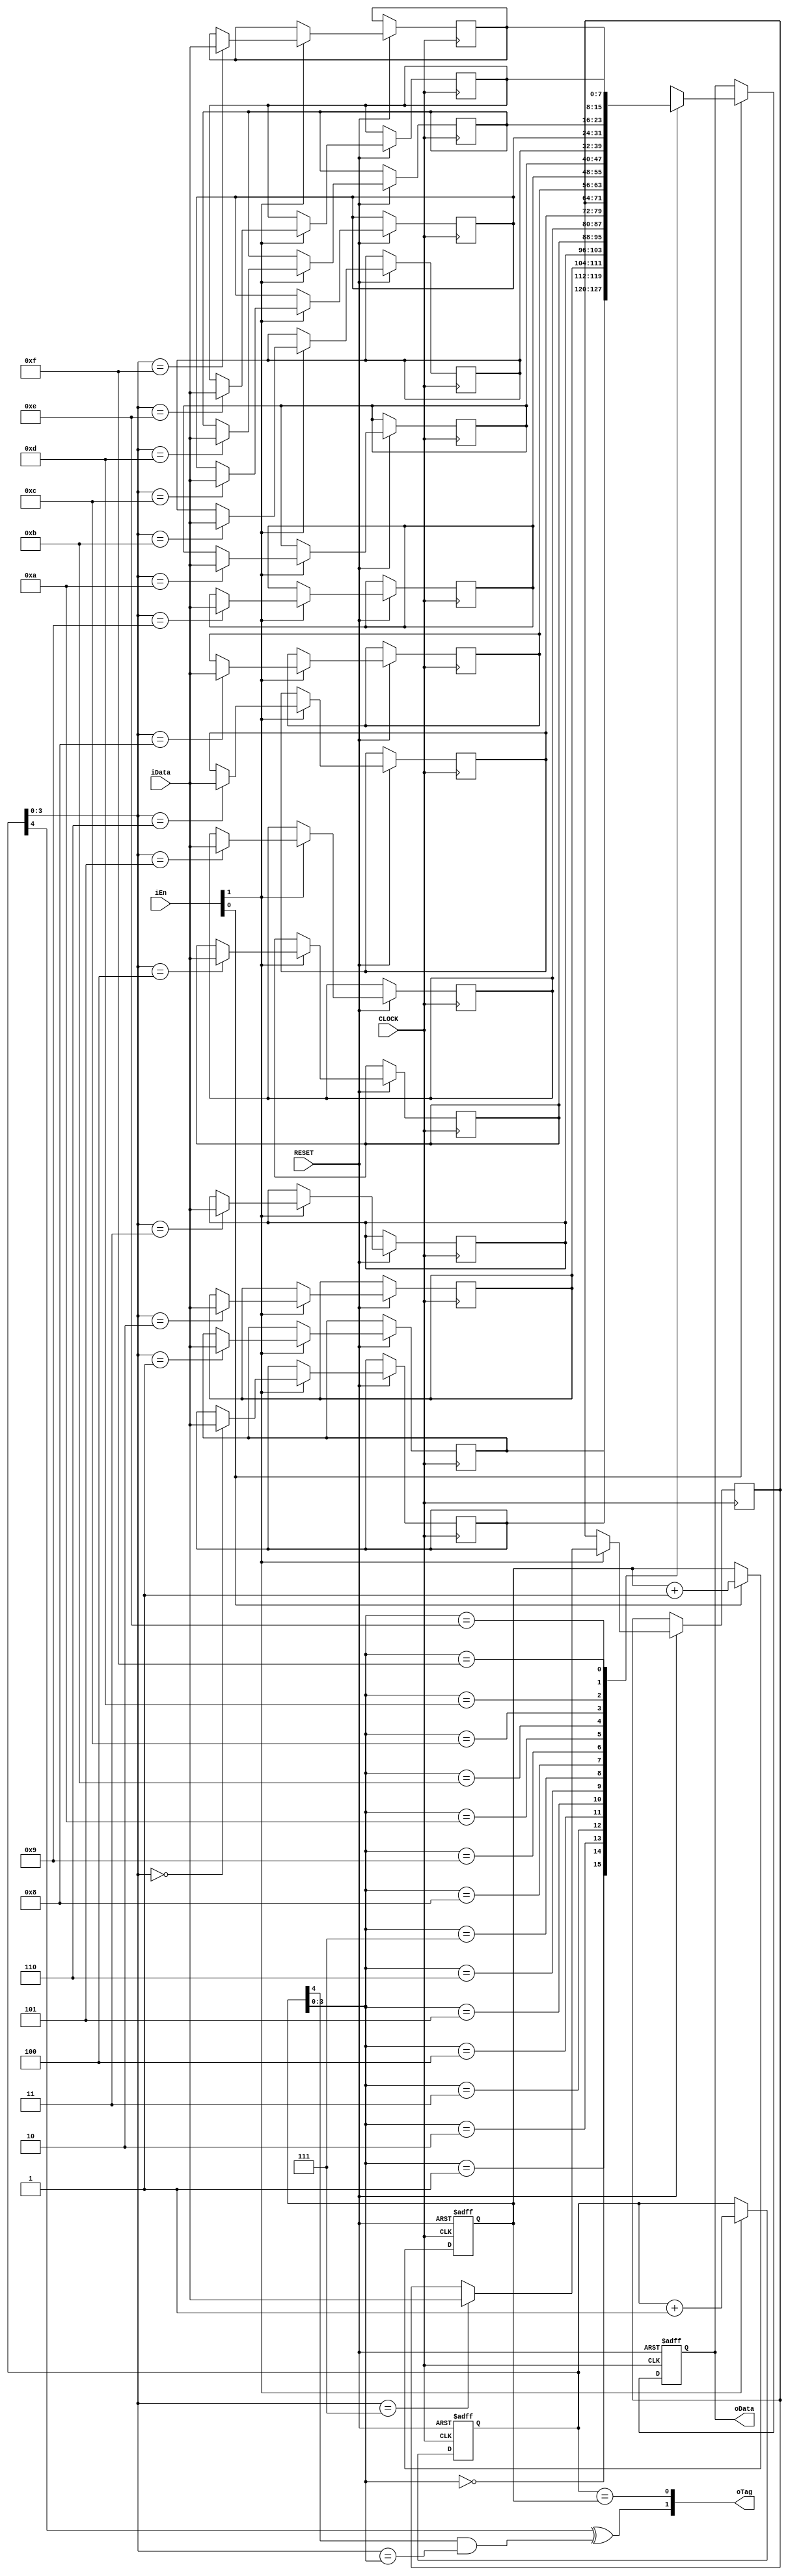
module fifo_savemod
(
    input CLOCK, RESET, 
	 input [1:0]iEn,
	 input [7:0]iData,
	 output [7:0]oData,
	 output [1:0]oTag
);
    reg [7:0] RAM [15:0]; 
	 reg [7:0]D1;
    reg [4:0]C1,C2; // N+1
			  
   always @ ( posedge CLOCK or negedge RESET )
	    if( !RESET )
		     begin
			      C1 <= 5'd0;
			  end
       else if( iEn[1] ) 
		     begin   
			    RAM[ C1[3:0] ] <= iData; 
				 C1 <= C1 + 1'b1; 
			  end
	
   always @ ( posedge CLOCK or negedge RESET )
	    if( !RESET )
		     begin
			      D1 <= 8'd0;
					C2 <= 5'd0;
			  end
		 else if( iEn[0] )
				begin 
				    D1 <= RAM[ C2[3:0] ]; 
					 C2 <= C2 + 1'b1; 
				end

   assign oData = D1;				
	assign oTag[1] = ( C1[4]^C2[4] & C1[3:0] == C2[3:0] ); // Full
	assign oTag[0] = ( C1 == C2 ); // Empty
	
endmodule